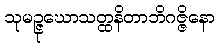
သုမဉ္ဇုဃောသတ္ထနိတာဘိဂဇ္ဇိနော